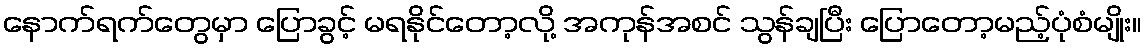
နောက်ရက်တွေမှာ ပြောခွင့် မရနိုင်တော့လို့ အကုန်အစင် သွန်ချပြီး ပြောတော့မည့်ပုံစံမျိုး။